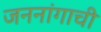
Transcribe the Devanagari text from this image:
जननांगाची